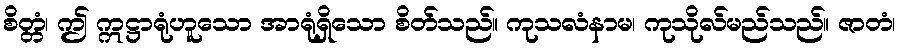
စိတ္တံ၊ ဤ ဣဋ္ဌာရုံဟူသော အာရုံရှိသော စိတ်သည်။ ကုသလံနာမ၊ ကုသိုလ်မည်သည်။ ဇာတံ၊